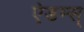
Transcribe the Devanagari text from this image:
ऐडम्स्‌